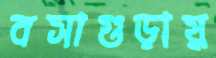
বসাগুড়ায়